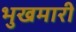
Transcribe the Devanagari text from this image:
भुखमारी